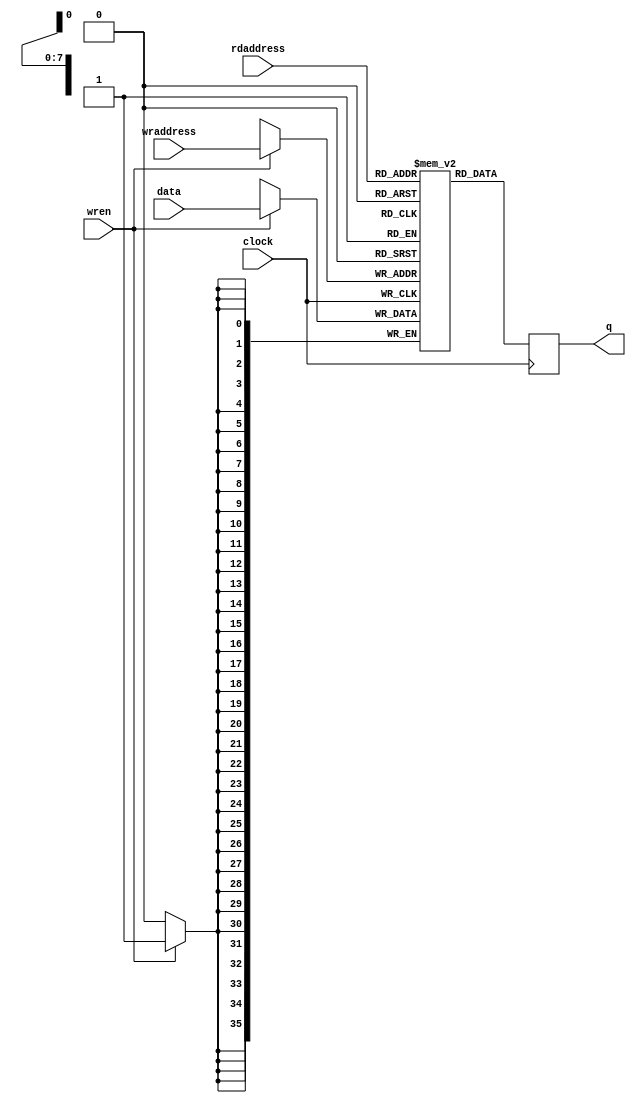
// This program was cloned from: https://github.com/MiSTeX-devel/MiSTeX-ports
// License: BSD 3-Clause "New" or "Revised" License

// (C) 2001-2023 Intel Corporation. All rights reserved.
// Your use of Intel Corporation's design tools, logic functions and other 
// software and tools, and its AMPP partner logic functions, and any output 
// files from any of the foregoing (including device programming or simulation 
// files), and any associated documentation or information are expressly subject 
// to the terms and conditions of the Intel Program License Subscription 
// Agreement, Intel FPGA IP License Agreement, or other applicable 
// license agreement, including, without limitation, that your use is for the 
// sole purpose of programming logic devices manufactured by Intel and sold by 
// Intel or its authorized distributors.  Please refer to the applicable 
// agreement for further details.


`timescale 1 ps / 1 ps

module rw_manager_ram

(

 data,
 rdaddress, 
 wraddress,
 wren, clock,
 q

);

parameter DATA_WIDTH=36;
parameter ADDR_WIDTH=8;

input [(DATA_WIDTH-1):0] data;
input [(ADDR_WIDTH-1):0] rdaddress, wraddress;
input wren, clock;
output reg [(DATA_WIDTH-1):0] q;


	reg [DATA_WIDTH-1:0] ram[2**ADDR_WIDTH-1:0];


	always @ (posedge clock)

	begin

		if (wren)

		ram[wraddress] <= data[DATA_WIDTH-1:0];

		q <= ram[rdaddress];

	end



endmodule